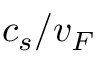
c _ { s } / v _ { F }